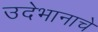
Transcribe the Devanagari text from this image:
उदेभानाचे